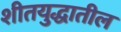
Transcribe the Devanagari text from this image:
शीतयुद्धातील